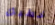
خطبك